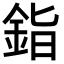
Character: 𬫏